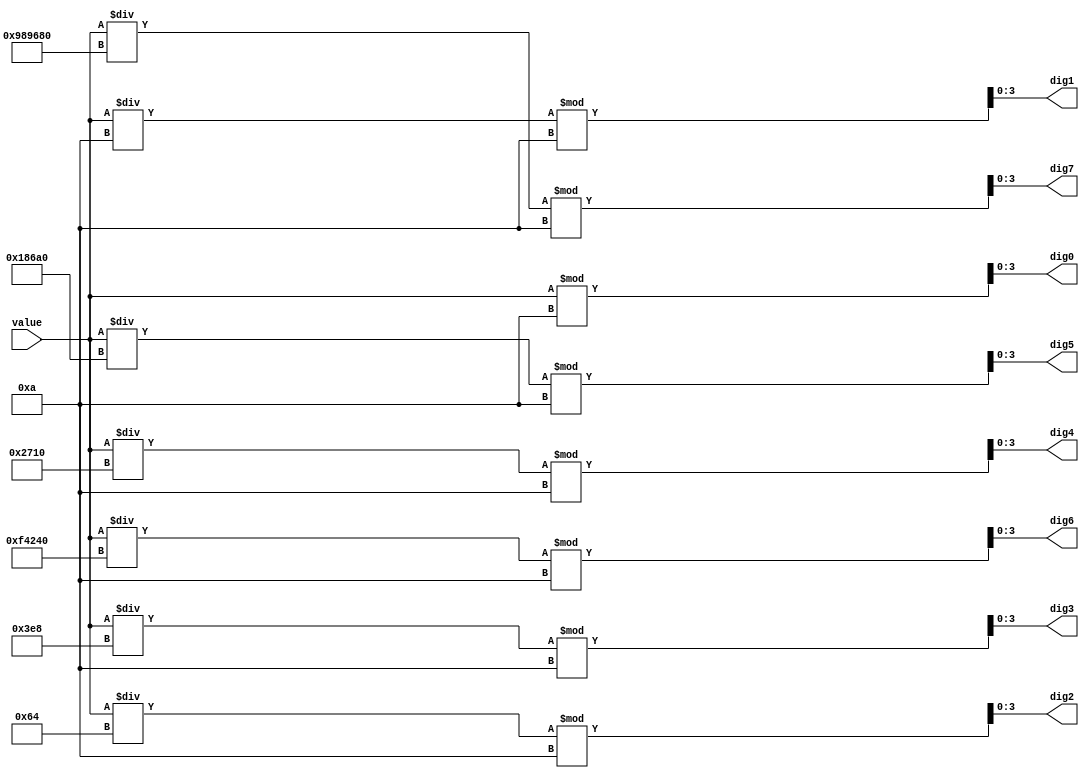
module bin2bcd32(     input wire [31:0] value,    
                        output reg [3:0] dig0,     
                        output reg [3:0] dig1,    
                        output reg [3:0] dig2, 
                        output reg [3:0] dig3,  
                        output reg [3:0] dig4,   
                        output reg [3:0] dig5,    
                        output reg [3:0] dig6, 
                        output reg [3:0] dig7     );   

always@(value)
begin
 dig0 = value % 10;     
 dig1 = (value / 10) % 10; 
 dig2 = (value / 100) % 10; 
 dig3 = (value / 1000) % 10;
 dig4 = (value / 10000) % 10;  
 dig5 = (value / 100000) % 10; 
 dig6 = (value / 1000000) % 10; 
 dig7 = (value / 10000000) % 10;
end
endmodule